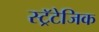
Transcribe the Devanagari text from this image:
स्ट्रॅटेजिक